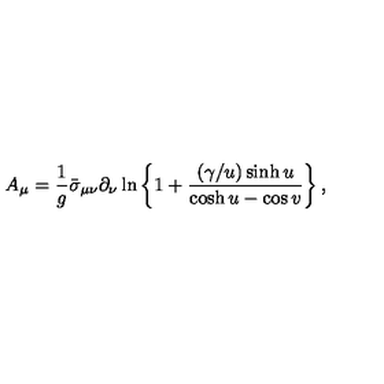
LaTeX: A _ { \mu } = \frac { 1 } { g } \bar { \sigma } _ { \mu \nu } \partial _ { \nu } \ln \left\{ 1 + \frac { ( \gamma / u ) \sinh u } { \cosh u - \cos v } \right\} ,